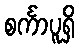
စင်္ကာပူရှိ